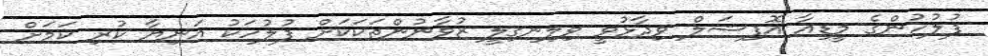
ފުލުހުންގެ މީޑިއާ އޮފިޝަލް ވިދާޅުވީ ވިލިނގިލީ ޒުވާނުންތަކަކަށް ފުލުހަކު އަނިޔާ ކުރި ކަމަށް